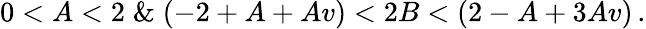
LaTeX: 0<A<2\; \& \; (-2+A+Av)<2B<(2-A+3Av)\, .